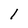
Character: 1